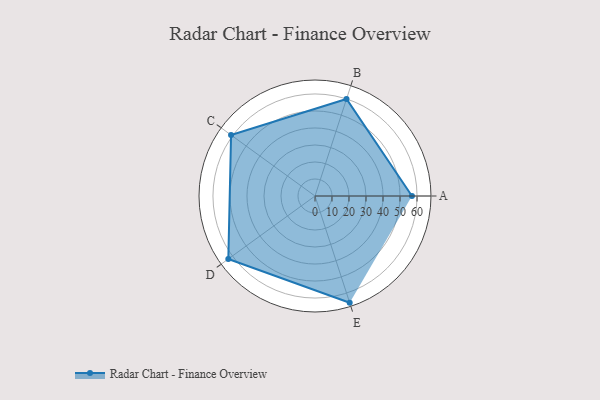
{"axis": {"x": "Skill", "y": "Score"}, "legend": ["Profile"], "data": [{"x": "A", "y": 57.0, "type": "Profile"}, {"x": "B", "y": 60.0, "type": "Profile"}, {"x": "C", "y": 61.0, "type": "Profile"}, {"x": "D", "y": 63.0, "type": "Profile"}, {"x": "E", "y": 66.0, "type": "Profile"}]}